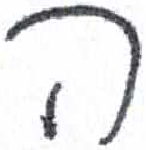
אות: ה